Annual report on the Civil Veterinary Department, Burma (including the Insein Veterinary School) - 1923-1931
Year: 1923
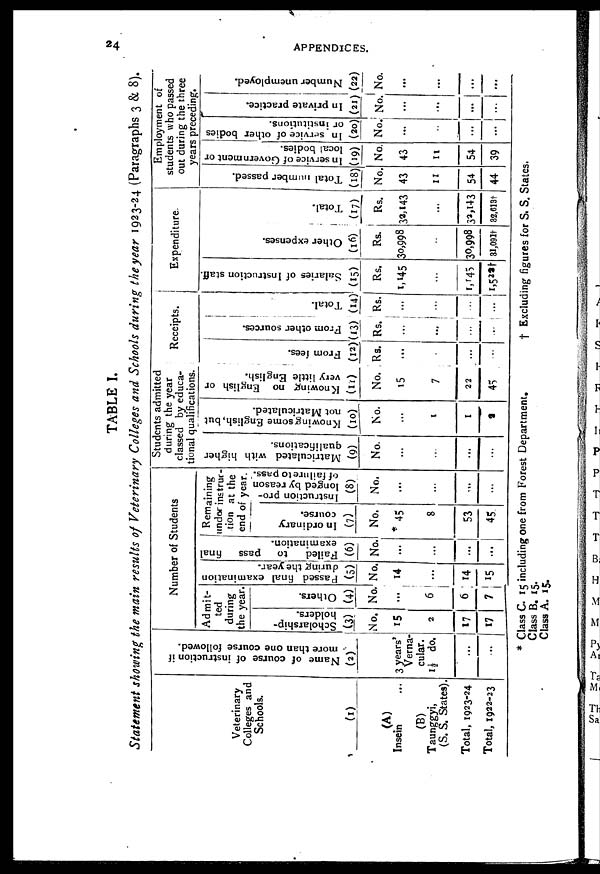
24
APPENDICES.
TABLE I.
Statement showing the main results of Veterinary Colleges and Schools during the year 1923-24 (Paragraphs 3 & 8).
Veterinary
Colleges and
Schools.
(1)
(A)
Insein ...
(B)
Taunggyi,
(S. S. States).
Total, 1923-24
Total, 1922-23
Name of course of instruction if
more than one course followed.
(2)
3 years
Verna-
cular.
1½ do.
...
...
Number of Students
Admit-
ted
during
the year.
Scholarship-
holders.
(3)
No.
15
2
17
17
Others.
(4)
No.
...
6
6
7
Passed final examination
during the year.
(5)
No.
14
...
14
15
Failed
to
pass final
examination.
(6)
No.
...
...
...
...
Remaining
tinder instrur-
tion at the
end of year.
In ordinary
course.
(7)
No.
* 45
8
53
45
Instruction pro-
longed by reason
of failure to pass.
(8)
No.
...
...
...
...
Students admitted
during the year
classed by educa-
tional qualifications.
Matriculated with higher
qualifications.
(9)
No.
...
...
...
...
Knowing some English, but
not Matriculated.
(10)
No.
...
1
I
9
Knowing no English or
very little English.
(11)
No.
15
7
22
45
Receipts.
From fees.
(12)
Rs.
...
...
...
...
From other sources.
(13)
Rs.
...
...
...
...
Total.
(14)
Rs.
...
...
...
...
Expenditure.
Salaries of Instruction staff.
(15)
Rs.
1,145
...
1,145
1,522†
Other expenses.
(16)
Rs.
30,998
30,998
31,091†
Total.
(17)
Rs.
32, 143
...
32,143
32,613t
Employment of
students who passed
out during the three
years preceding.
Total number passed.
(18)
No.
43
11
54
44
In service of Government or
local bodies.
(19)
No.
43
11
54
39
In service of other bodies
or institutions.
(20)
No.
...
..
...
In private practice.
(21)
No.
...
...
...
...
Number unemployed.
(22)
No.
...
...
...
...
* Class C. 15 including one from Forest Department.
Class B. 15.
Class A. 15.
† Excluding figures for S. S. States.